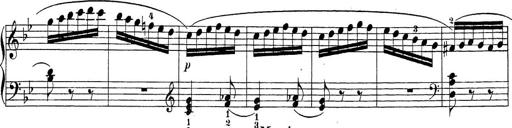
Title: Sonatina Album
Composer: Louis KÃ¶hler